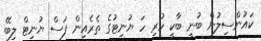
ކައުންސިލުން ބުނީ ބާކީ ހުރި ހަ ޔުނިޓުގެ ތެރެއިން ފަސް ޔުނިޓް ލިބޭ